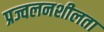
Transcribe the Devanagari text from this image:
प्रज्वलनशीलता